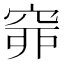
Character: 𥥹